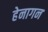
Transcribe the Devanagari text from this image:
हेनागन